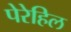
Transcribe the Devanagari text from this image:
पेरेहिल